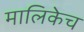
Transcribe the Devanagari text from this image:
मालिकेच